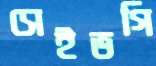
সেইভগি